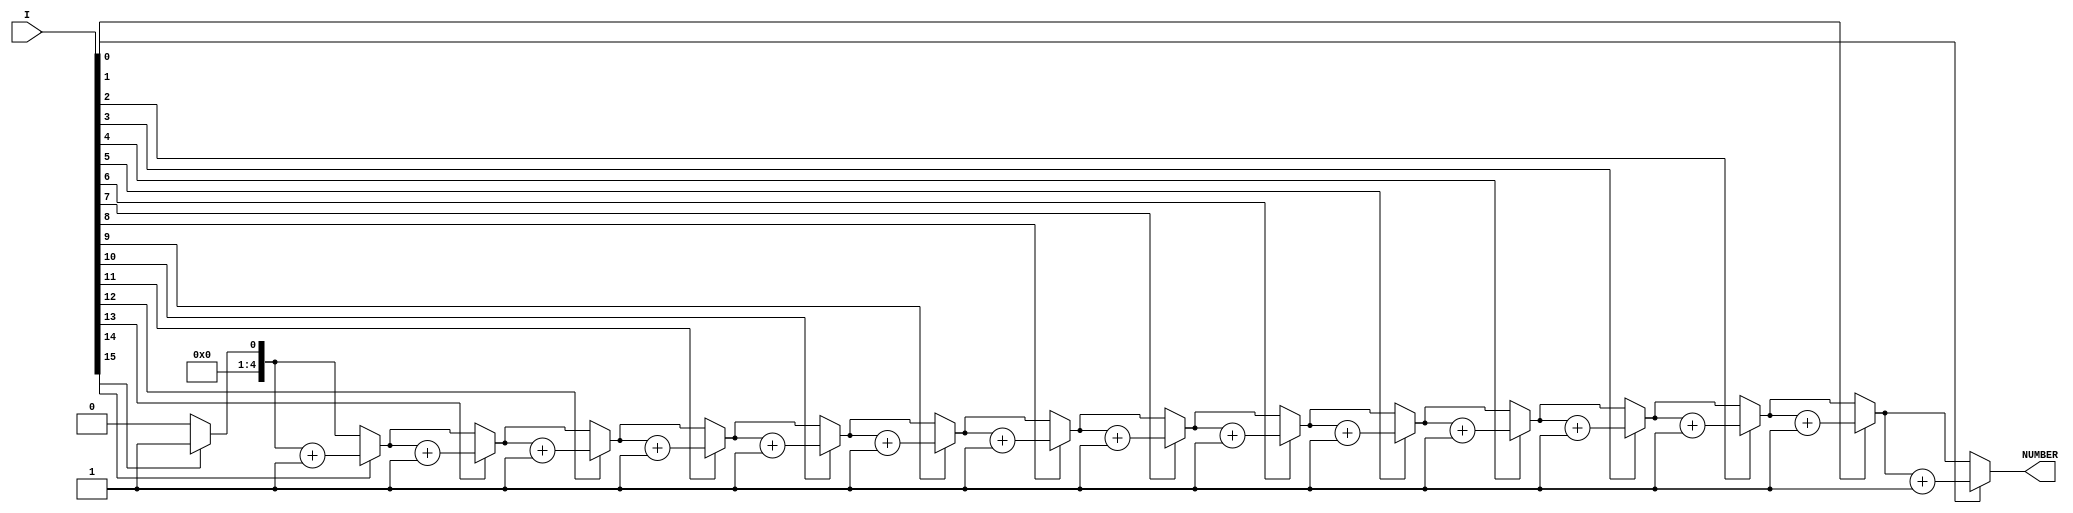
module OneNumber(I, NUMBER);
    parameter LENGTH = 16;
    input [LENGTH - 1:0] I;
    output [4:0] NUMBER;

    reg [4:0] NUMBER;
    integer j;

    always @(I)
        begin
            NUMBER = 5'b00000;
            j = LENGTH - 1;
            repeat (LENGTH)
                begin
                    if (I[j])
                    NUMBER = NUMBER + 1;
                    j = j - 1;
                end
        end
endmodule